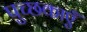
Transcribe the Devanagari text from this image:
पुच्छकाएँ